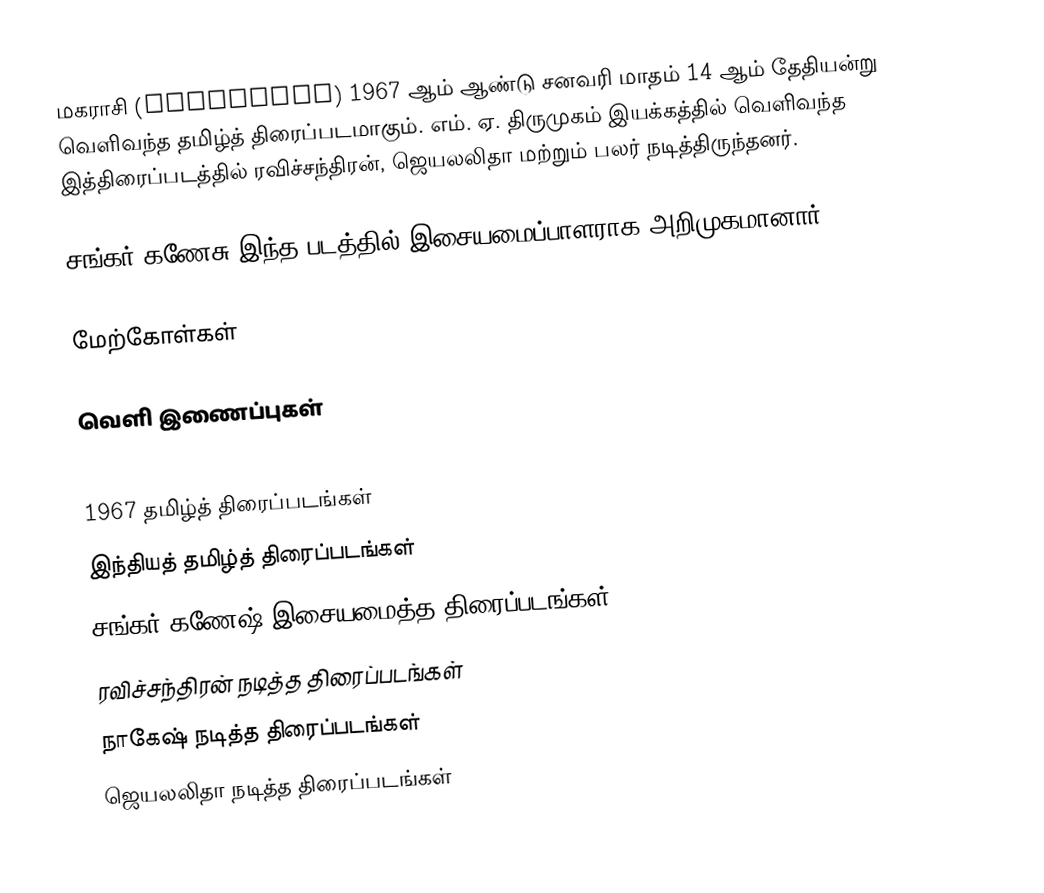
மகராசி (Magaraasi) 1967 ஆம் ஆண்டு சனவரி மாதம் 14 ஆம் தேதியன்று வெளிவந்த தமிழ்த் திரைப்படமாகும். எம். ஏ. திருமுகம் இயக்கத்தில் வெளிவந்த இத்திரைப்படத்தில் ரவிச்சந்திரன், ஜெயலலிதா மற்றும் பலர் நடித்திருந்தனர்.

சங்கர் கணேசு இந்த படத்தில் இசையமைப்பாளராக அறிமுகமானார்.

மேற்கோள்கள்

வெளி இணைப்புகள்

1967 தமிழ்த் திரைப்படங்கள்
இந்தியத் தமிழ்த் திரைப்படங்கள்
சங்கர் கணேஷ் இசையமைத்த திரைப்படங்கள்
ரவிச்சந்திரன் நடித்த திரைப்படங்கள்
நாகேஷ் நடித்த திரைப்படங்கள்
ஜெயலலிதா நடித்த திரைப்படங்கள்